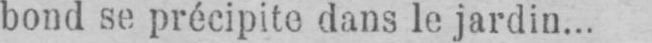
bond se précipite dans le jardin...